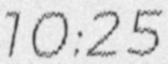
10:25